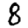
Digit: 8